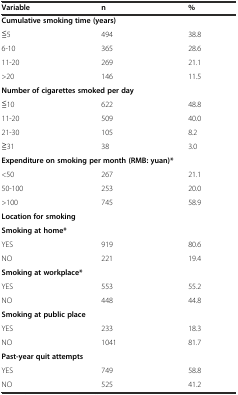
| Variable | n | % |
 | --- | --- | --- |
 | <COLSPAN=3> Cumulative smoking time (years) |
 | ≦5 | 494 | 38.8 |
 | 6-10 | 365 | 28.6 |
 | 11-20 | 269 | 21.1 |
 | >20 | 146 | 11.5 |
 | <COLSPAN=3> Number of cigarettes smoked per day |
 | ≦10 | 622 | 48.8 |
 | 11-20 | 509 | 40.0 |
 | 21-30 | 105 | 8.2 |
 | ≧31 | 38 | 3.0 |
 | <COLSPAN=3> Expenditure on smoking per month (RMB: yuan)* |
 | <50 | 267 | 21.1 |
 | 50-100 | 253 | 20.0 |
 | >100 | 745 | 58.9 |
 | <COLSPAN=3> Location for smoking |
 | <COLSPAN=3> Smoking at home* |
 | YES | 919 | 80.6 |
 | NO | 221 | 19.4 |
 | <COLSPAN=3> Smoking at workplace* |
 | YES | 553 | 55.2 |
 | NO | 448 | 44.8 |
 | <COLSPAN=3> Smoking at public place |
 | YES | 233 | 18.3 |
 | NO | 1041 | 81.7 |
 | <COLSPAN=3> Past-year quit attempts |
 | YES | 749 | 58.8 |
 | NO | 525 | 41.2 |